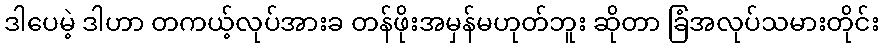
ဒါပေမဲ့ ဒါဟာ တကယ့်လုပ်အားခ တန်ဖိုးအမှန်မဟုတ်ဘူး ဆိုတာ ခြံအလုပ်သမားတိုင်း